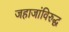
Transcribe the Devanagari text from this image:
जहाजांविरुद्ध